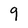
Character: 9